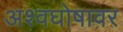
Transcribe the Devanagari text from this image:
अश्वघोषावर